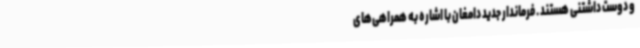
و دوست داشتنی هستند . فرماندار جدید دامغان با اشاره به همراهی‌های